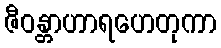
ဇီဝန္တာဟာရဟေတုကာ